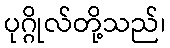
ပုဂ္ဂိုလ်တို့သည်၊